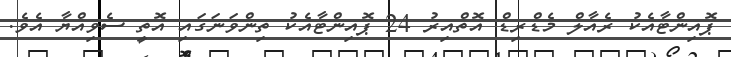
ޕޮއިންޓާއެކު ރެއާލް މެޑްރިޑް އޮތްއިރު 24 ޕޮއިންޓާއެކު ތިންވަނަގައި އޮތީ ސެވިއްޔާ އެވެ.